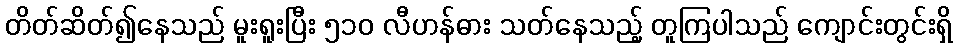
တိတ်ဆိတ်၍နေသည် မူးရူးပြီး ၅၁၀ လီဟန်ဓား သတ်နေသည့် တူကြပါသည် ကျောင်းတွင်းရှိ